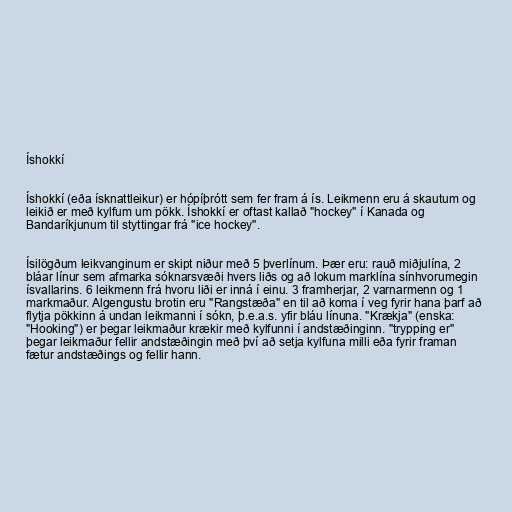
Íshokkí

Íshokkí (eða ísknattleikur) er hópíþrótt sem fer fram á ís. Leikmenn eru á skautum og
leikið er með kylfum um pökk. Íshokkí er oftast kallað "hockey" í Kanada og
Bandaríkjunum til styttingar frá "ice hockey".

Ísilögðum leikvanginum er skipt niður með 5 þverlínum. Þær eru: rauð miðjulína, 2
bláar línur sem afmarka sóknarsvæði hvers liðs og að lokum marklína sínhvorumegin
ísvallarins. 6 leikmenn frá hvoru liði er inná í einu. 3 framherjar, 2 varnarmenn og 1
markmaður. Algengustu brotin eru "Rangstæða" en til að koma í veg fyrir hana þarf að
flytja pökkinn á undan leikmanni í sókn, þ.e.a.s. yfir bláu línuna. "Krækja" (enska:
"Hooking") er þegar leikmaður krækir með kylfunni í andstæðinginn. "trypping er"
þegar leikmaður fellir andstæðingin með því að setja kylfuna milli eða fyrir framan
fætur andstæðings og fellir hann.